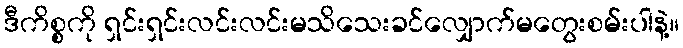
ဒီကိစ္စကို ရှင်းရှင်းလင်းလင်းမသိသေးခင်လျှောက်မတွေးစမ်းပါနဲ့။